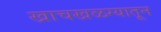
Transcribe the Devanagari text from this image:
खाचखळग्यातून